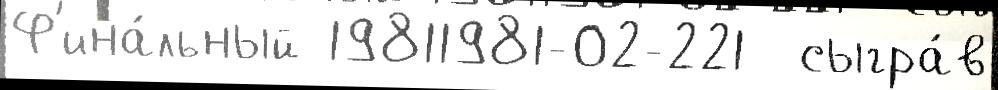
Ф'ина́льный 19811981-02-221  сыгра́в